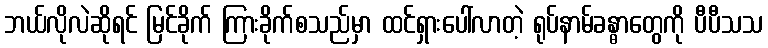
ဘယ်လိုလဲဆိုရင် မြင်ခိုက် ကြားခိုက်စသည်မှာ ထင်ရှားပေါ်လာတဲ့ ရုပ်နာမ်ခန္ဓာတွေကို ပီပီသသ